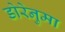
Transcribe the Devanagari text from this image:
डोरेनुमा